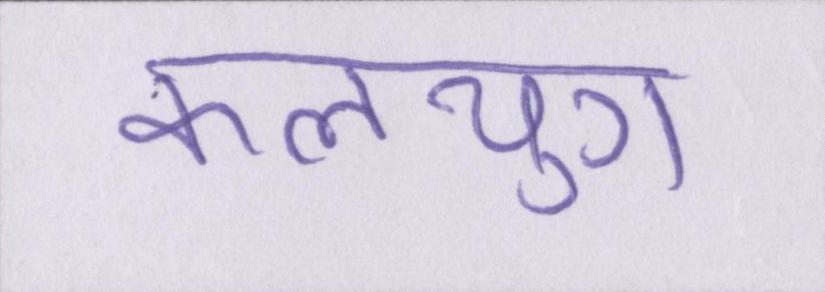
कलयुग